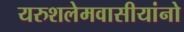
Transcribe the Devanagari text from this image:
यरुशलेमवासीयांनो